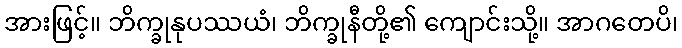
အားဖြင့်။ ဘိက္ခုနုပဿယံ၊ ဘိက္ခုနီတို့၏ ကျောင်းသို့။ အာဂတေပိ၊